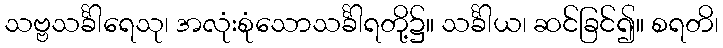
သဗ္ဗသင်္ခါရေသု၊ အလုံးစုံသောသင်္ခါရတို့၌။ သင်္ခါယ၊ ဆင်ခြင်၍။ စရတိ၊